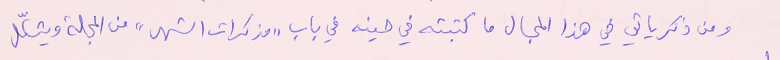
ومن ذكرياتي في هذا المجال ما كتبته في حينه في باب "مذكرات الشهر" من المجلة ويشكّل